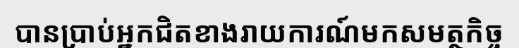
បានប្រាប់អ្នកជិតខាងរាយការណ៍មកសមត្ថកិច្ច